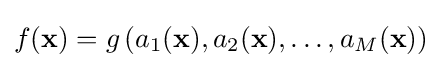
{\textstyle f(\mathbf {x} )=g\left(a_{1}(\mathbf {x} ),a_{2}(\mathbf {x} ),\dots ,a_{M}(\mathbf {x} )\right)}